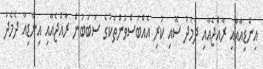
އިންޑިއާއާއި ރާއްޖެއާއި ދެމެދު ސޮއި ކުރި އެއްބަސްވުންތަކުގެ ސަބަބުން ރާއްޖެއާއި އިންޑިއާ ދެމެދު